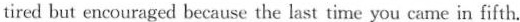
tired but encouraged because the last time you came in fifth.